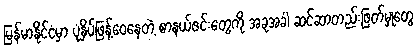
မြန်မာနိုင်ငံမှာ ပုံနှိပ်ဖြန့်ဝေနေတဲ့ စာနယ်ဇင်းတွေကို အခုအခါ ဆင်ဆာတည်းဖြတ်မှုတွေ